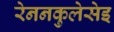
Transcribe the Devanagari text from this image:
रेननकुलेसेइ